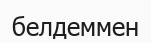
белдеммен